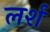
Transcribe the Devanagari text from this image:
लर्श